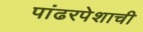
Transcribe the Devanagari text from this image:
पांढरपेशाची